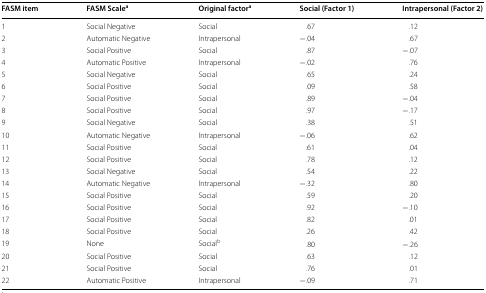
| FASM item | FASM Scalea | Original factora | Social (Factor 1) | Intrapersonal (Factor 2) |
 | --- | --- | --- | --- | --- |
 | 1 | Social Negative | Social | .67 | .12 |
 | 2 | Automatic Negative | Intrapersonal | −.04 | .67 |
 | 3 | Social Positive | Social | .87 | −.07 |
 | 4 | Automatic Positive | Intrapersonal | −.02 | .76 |
 | 5 | Social Negative | Social | .65 | .24 |
 | 6 | Social Positive | Social | .09 | .58 |
 | 7 | Social Positive | Social | .89 | −.04 |
 | 8 | Social Positive | Social | .97 | −.17 |
 | 9 | Social Negative | Social | .38 | .51 |
 | 10 | Automatic Negative | Intrapersonal | −.06 | .62 |
 | 11 | Social Positive | Social | .61 | .04 |
 | 12 | Social Positive | Social | .78 | .12 |
 | 13 | Social Negative | Social | .54 | .22 |
 | 14 | Automatic Negative | Intrapersonal | −.32 | .80 |
 | 15 | Social Positive | Social | .59 | .20 |
 | 16 | Social Positive | Social | .92 | −.10 |
 | 17 | Social Positive | Social | .82 | .01 |
 | 18 | Social Positive | Social | .26 | .42 |
 | 19 | None | Socialb | .80 | −.26 |
 | 20 | Social Positive | Social | .63 | .12 |
 | 21 | Social Positive | Social | .76 | .01 |
 | 22 | Automatic Positive | Intrapersonal | −.09 | .71 |